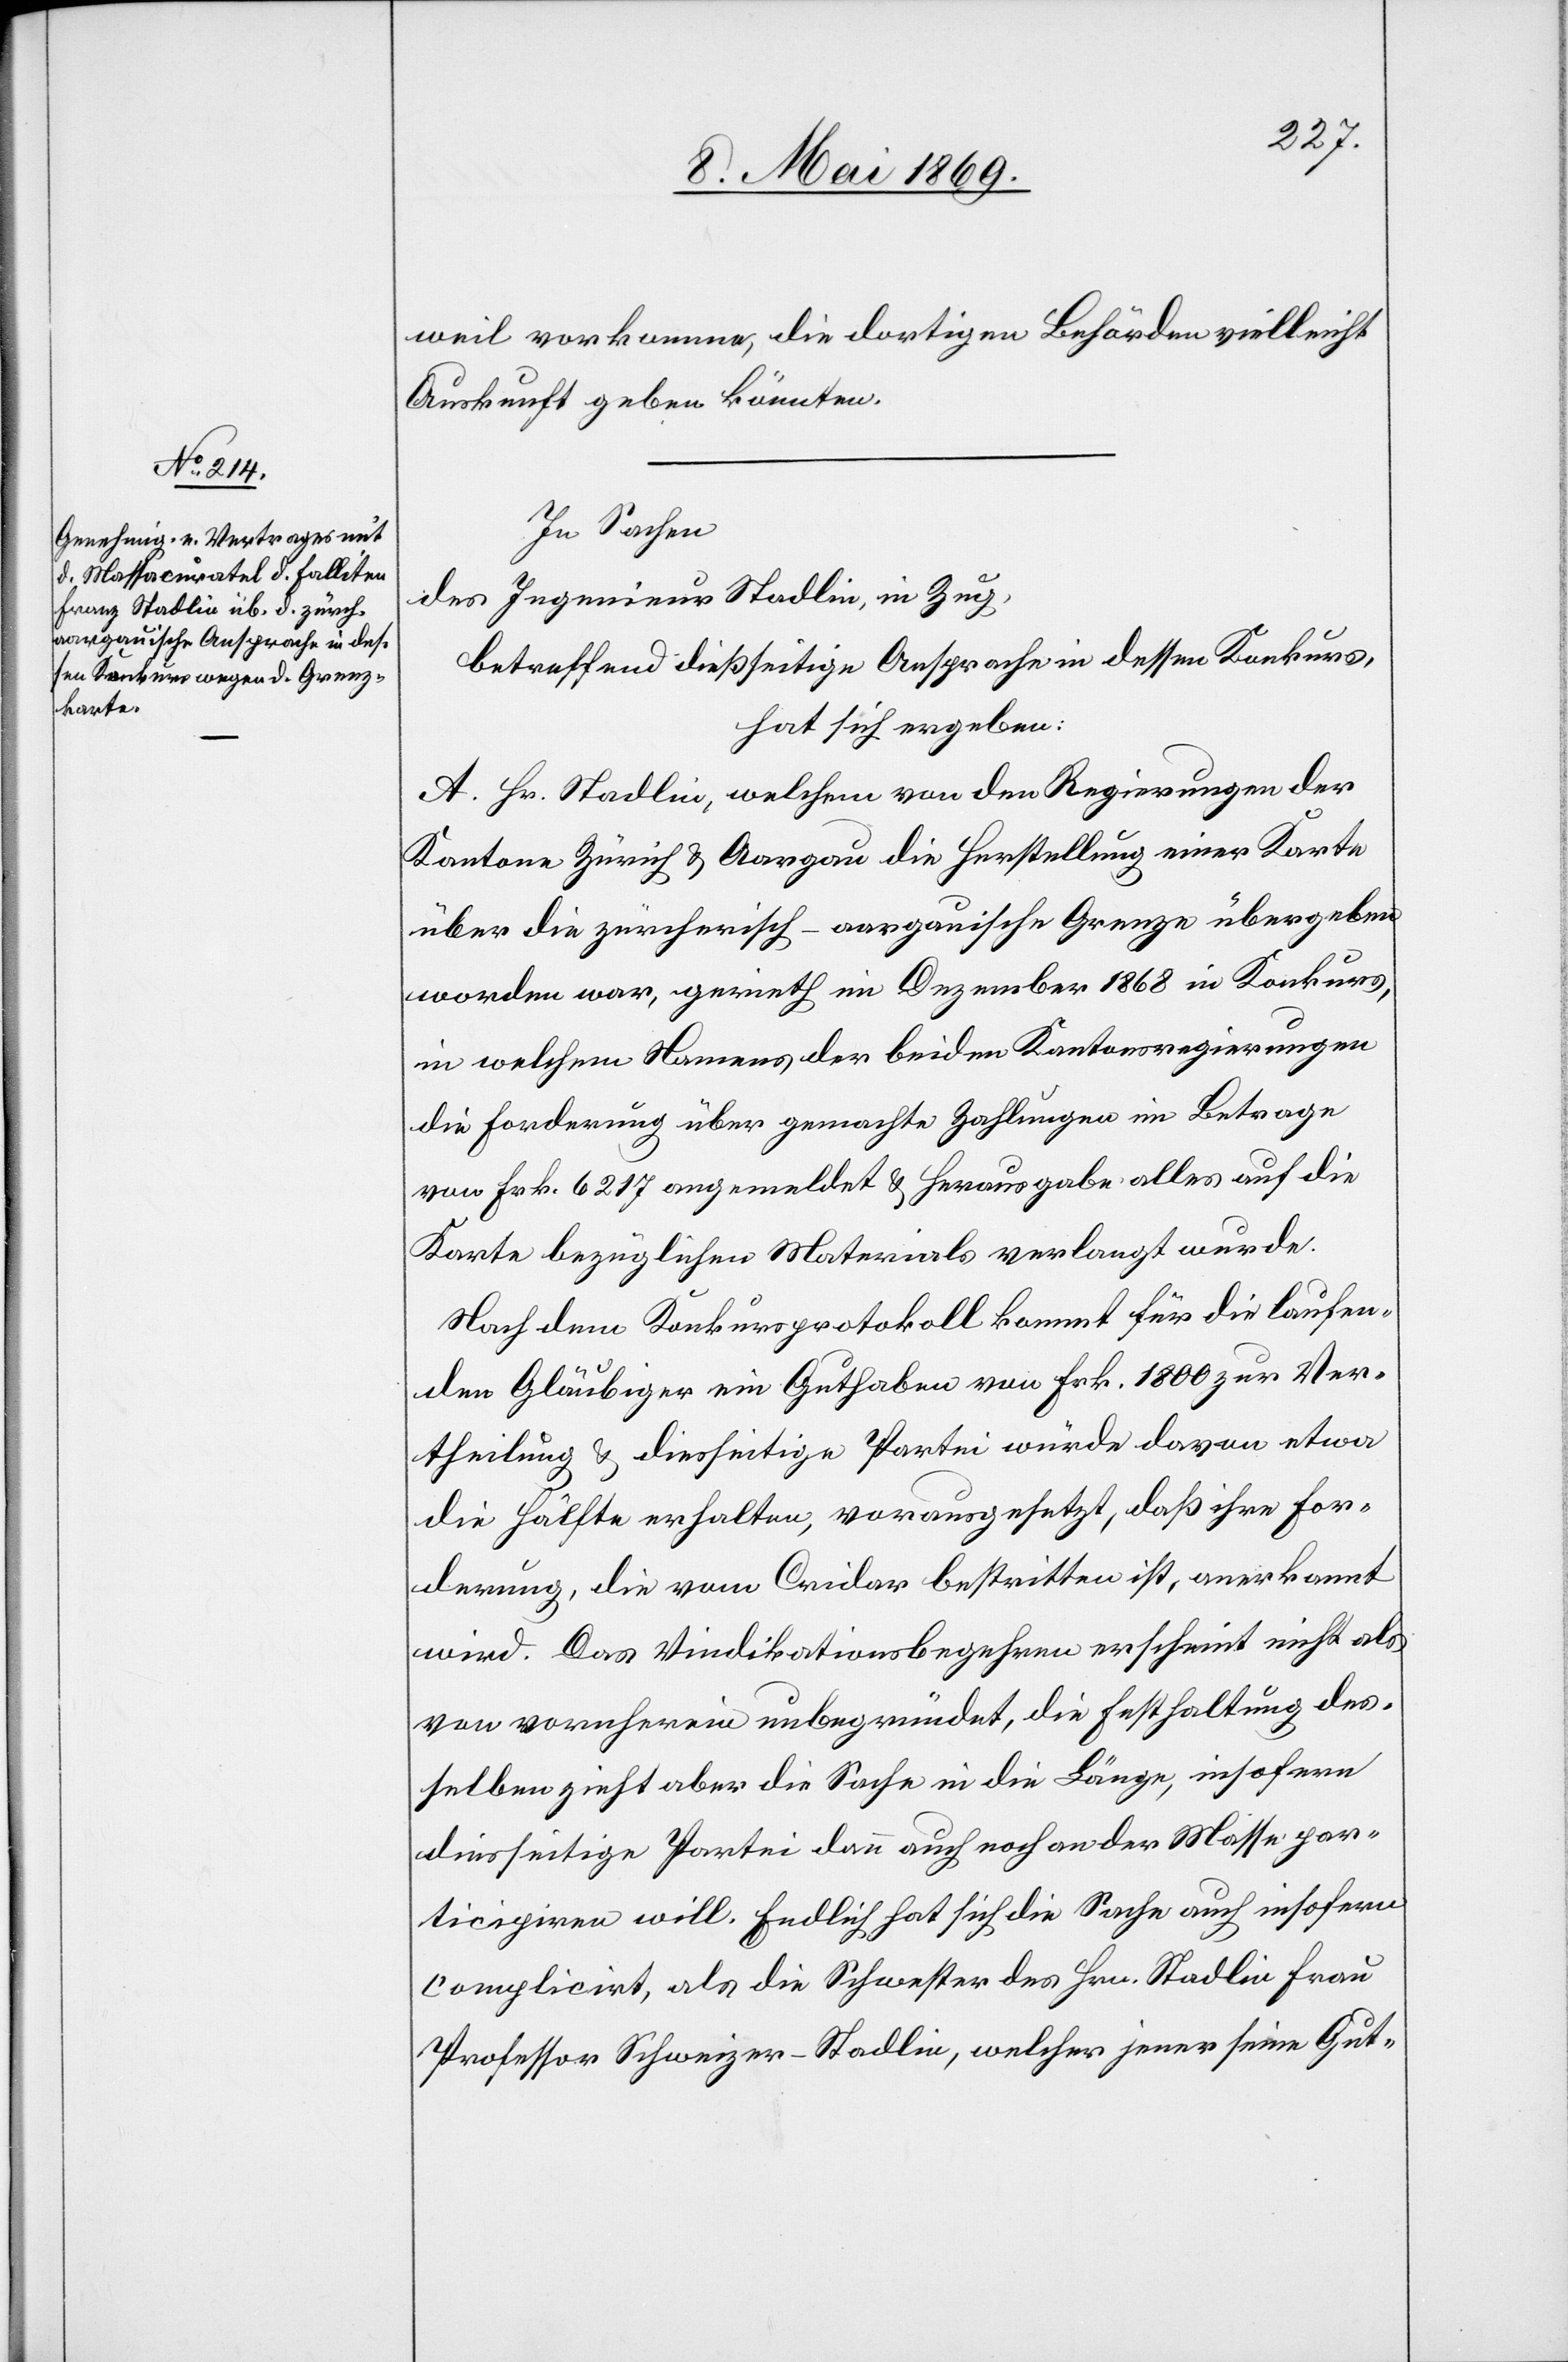
weil vorkamen, die dortigen Behörden vielleicht
Auskunft geben könnten.
In Sachen,
des Ingenieur Stadlin, in Zug,
betreffend dießseitige Ansprache in dessen Konkurs,
hat sich ergeben:
A. Hr. Stadlin, welchem von den Regierungen der
Kantone Zürich u. Aargau die Herstellung einer Karte
über die zürcherisch-aargauische Grenze übergeben
worden war, gerieth im Dezember 1868 in Konkurs,
in welchem Namen der beiden Kantonsregierungen
die Forderung über gemachte Zahlungen im Betrage
von Frk. 6217 angemeldet u. Herausgabe alles auf die
Karte bezüglichen Materials verlangt wurde.
Nach dem Konkursprotokoll kommt für die laufen¬
den Gläubiger ein Guthaben von Frk. 1800 zur Ver¬
theilung u. diesseitige Partei würde davon etwa
die Hälfte erhalten, vorausgesetzt, daß ihre For¬
derung, die vom Cridar bestritten ist, anerkannt
wird. Das Vindikationsbegehren erscheint nicht als
von vornherein unbegründet, die Festhaltung des¬
selben zieht aber die Sache in die Länge, insofern
diesseitige Partei dann auch noch an der Masse par¬
ticipiren will. Endlich hat sich die Sache auch insofern
complicirt, als die Schwester des Hrn. Stadlin Frau
Professor Schweizer-Stadlin, welcher jener seine Gut-